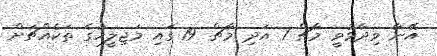
އޭނާ ވިދާޅުވީ މާޗް 1 އަދި މާޗް 19 ގައި މަޖިލީހުގެ ތަކެއްޗަށް